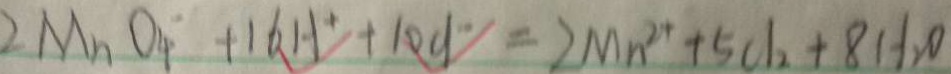
2 M n O _ { 4 } ^ { - } + 1 6 H ^ { + } + 1 0 C l ^ { - } = 2 M n ^ { 2 + } + 5 0 1 _ { 2 } + 8 H _ { 2 } O